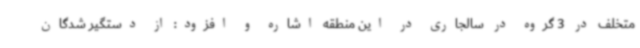
متخلف در 3 گروه در سالجاری در این منطقه اشاره و افزود: از دستگیر شدگان